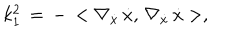
k _ { 1 } ^ { 2 } \, = \, - \, < \nabla _ { \dot { x } } \, \dot { x } , \, \nabla _ { \dot { x } } \, \dot { x } > ,